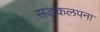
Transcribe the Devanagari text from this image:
सङकलपना